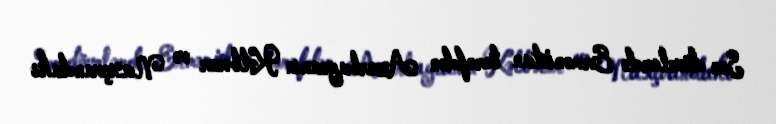
Son dövrlərdə Ermənistan tərəfdən Azərbaycanın Kəlbəcər və Naxçvandakı